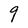
Character: 9